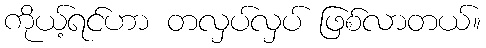
ကိုယ့်ရင်ဟာ တလှပ်လှပ် ဖြစ်လာတယ်။